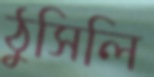
ঠুসিলি